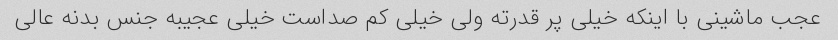
عجب ماشینی با اینکه خیلی پر قدرته ولی خیلی کم صداست خیلی عجیبه جنس بدنه عالی